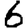
Digit: 6